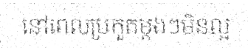
នៅពេលប្រកួតម្តងៗមិនល្អ